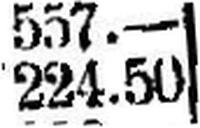
224.50